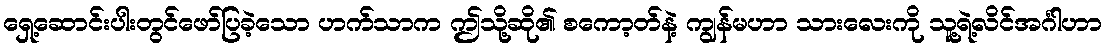
ရှေ့ဆောင်းပါးတွင်ဖော်ပြခဲ့သော ဟက်သာက ဤသို့ဆို၏ စကော့တ်နဲ့ ကျွန်မဟာ သားလေးကို သူ့ရဲ့လိင်အင်္ဂါဟာ